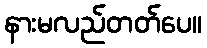
နားမလည်တတ်ပေ။